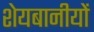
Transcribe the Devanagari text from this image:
शेयबानीयों